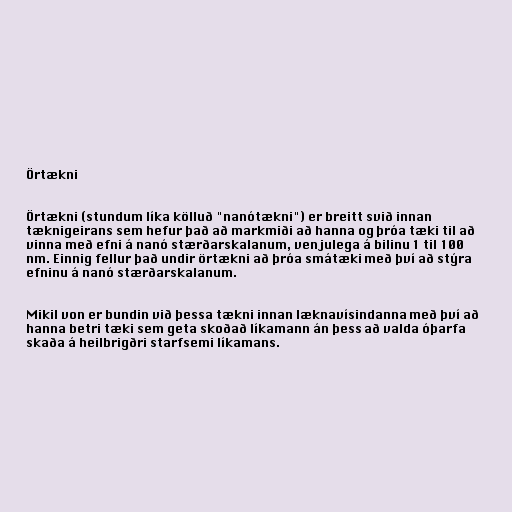
Örtækni

Örtækni (stundum líka kölluð "nanótækni") er breitt svið innan
tæknigeirans sem hefur það að markmiði að hanna og þróa tæki til að
vinna með efni á nanó stærðarskalanum, venjulega á bilinu 1 til 100
nm. Einnig fellur það undir örtækni að þróa smátæki með því að stýra
efninu á nanó stærðarskalanum.

Mikil von er bundin við þessa tækni innan læknavísindanna með því að
hanna betri tæki sem geta skoðað líkamann án þess að valda óþarfa
skaða á heilbrigðri starfsemi líkamans.